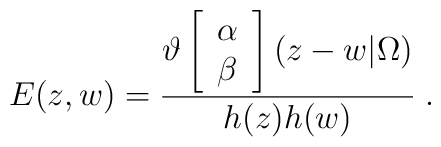
E(z,w)=\frac{\vartheta\left[\begin{array}{c}\alpha \\\beta\end{array}\right](z-w|\Omega)}{h(z)h(w)}\;.